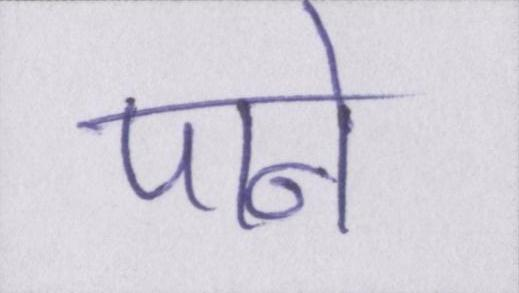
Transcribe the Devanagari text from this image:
पाने